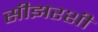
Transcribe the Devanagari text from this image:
सीझरशी